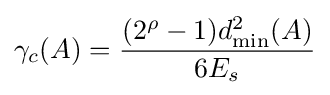
\gamma _{c}(A)={(2^{\rho }-1)d_{\min }^{2}(A) \over 6E_{s}}